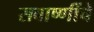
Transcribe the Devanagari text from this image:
सवाष्णींचे